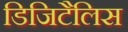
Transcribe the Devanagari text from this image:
डिजिटैलिस